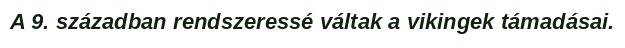
A 9. században rendszeressé váltak a vikingek támadásai.